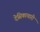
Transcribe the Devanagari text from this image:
देसिकाचारी